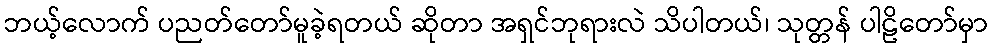
ဘယ့်လောက် ပညတ်တော်မူခဲ့ရတယ် ဆိုတာ အရှင်ဘုရားလဲ သိပါတယ်၊ သုတ္တန် ပါဠိတော်မှာ